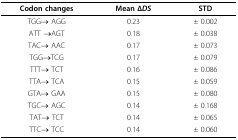
<table><thead><tr><td><b>Codon changes</b></td><td><b>Mean Δ<i>DS</i></b></td><td><b>STD</b></td></tr></thead><tbody><tr><td>TGG→ AGG</td><td>0.23</td><td>± 0.002</td></tr><tr><td>ATT →AGT</td><td>0.18</td><td>± 0.038</td></tr><tr><td>TAC→ AAC</td><td>0.17</td><td>± 0.073</td></tr><tr><td>TGG→TCG</td><td>0.17</td><td>± 0.079</td></tr><tr><td>TTT→ TCT</td><td>0.16</td><td>± 0.086</td></tr><tr><td>TTA→ TCA</td><td>0.15</td><td>± 0.059</td></tr><tr><td>GTA→ GAA</td><td>0.15</td><td>± 0.080</td></tr><tr><td>TGC→ AGC</td><td>0.14</td><td>± 0.168</td></tr><tr><td>TAT→ TCT</td><td>0.14</td><td>± 0.065</td></tr><tr><td>TTC→ TCC</td><td>0.14</td><td>± 0.060</td></tr></tbody></table>